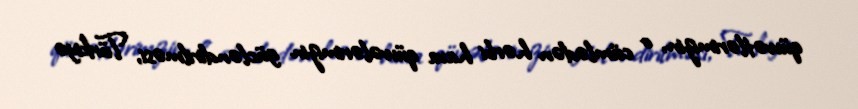
qüvvətlərimizin, o cümlədən hərbi hava qüvvələrimizin gücləndirilməsi, Türkiyə